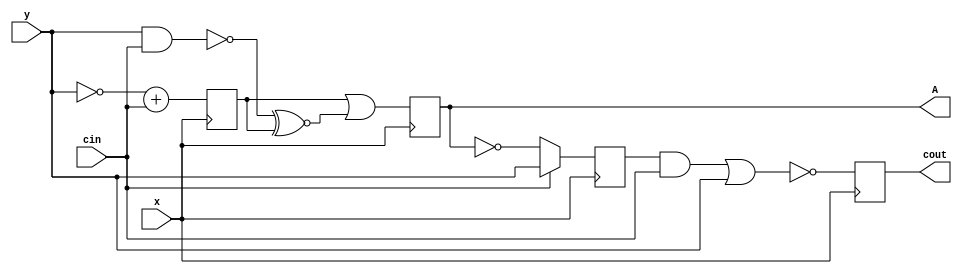
module top
(
 input x,
 input y,
 input cin,

 output reg A,
 output reg cout
 );

 reg A1,cout1;
 reg int1,int2,int3;

 initial begin
    A = 0;
    cout = 0;
 end

always @(posedge x) begin
    A1 <=  ~y + &cin;
end
always @(posedge x) begin
    cout1 <= cin ? |y : ~^A;
end

always @(posedge x) begin
        A <=  A1|y~&cin~^A1;
end
always @(posedge x) begin
        cout <=  cout1&cin~|y;
end

always @(posedge x)
begin
 if (x == 1'b1) begin
	int1 = x ^ y;
 end
 if (x != 1'b1) begin
	if (y > 1'b0) begin
		if (cin < 1'b1) begin
			int2 = cout1;
		end
	end
 end
end
 always @(posedge x)
 if (x >= 1'b1) begin
	if (y <= 1'b0) begin
		int3 = A1;
	end
 end

endmodule